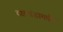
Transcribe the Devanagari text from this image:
वक्षखंडामधील